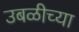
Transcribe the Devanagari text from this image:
उबळीच्या